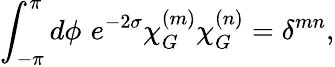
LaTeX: \int_{-\pi}^{\pi}d\phi\, \, e^{-2\sigma}\chi_{G}^{(m)}\chi_{G}^{(n)}=\delta^{mn},